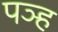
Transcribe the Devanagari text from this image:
पञ्ह